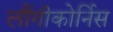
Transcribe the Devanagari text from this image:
लौंगीकोर्निस